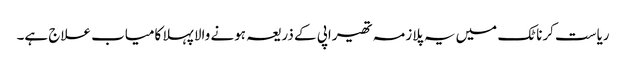
ریاست کرناٹک میں یہ پلازمہ تھیراپی کے ذریعہ ہونے والا پہلا کامیاب علاج ہے۔